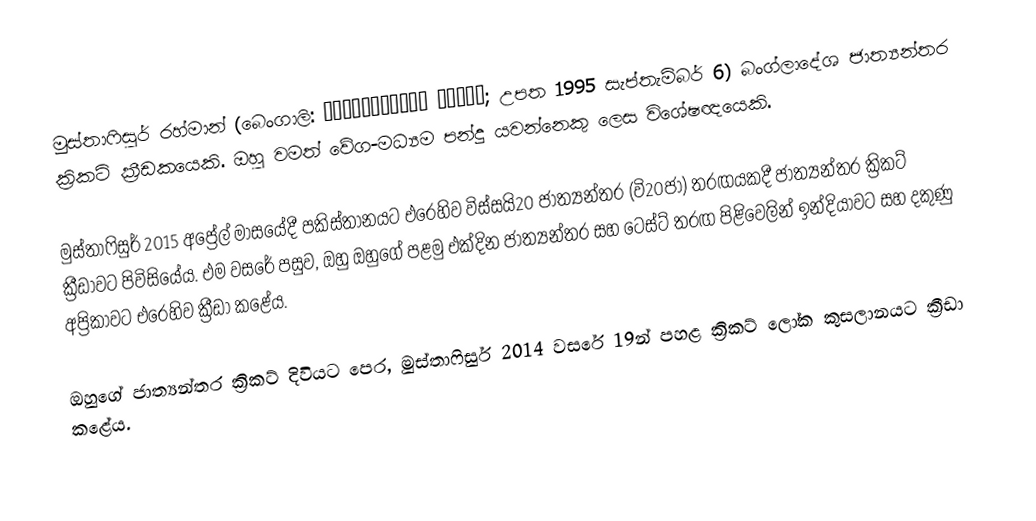
මුස්තාෆිසුර් රහ්මාන් (බෙංගාලි: মুস্তাফিজুর রহমান; උපත 1995 සැප්තැම්බර් 6) බංග්ලාදේශ ජාත්‍යන්තර ක්‍රිකට් ක්‍රීඩකයෙකි. ඔහු වමත් වේග-මධ්‍යම පන්දු යවන්නෙකු ලෙස විශේෂඥයෙකි.

මුස්තාෆිසුර් 2015 අප්‍රේල් මාසයේදී පකිස්තානයට එරෙහිව විස්සයි20 ජාත්‍යන්තර (වි20ජා) තරඟයකදී ජාත්‍යන්තර ක්‍රිකට් ක්‍රීඩාවට පිවිසියේය. එම වසරේ පසුව, ඔහු ඔහුගේ පළමු එක්දින ජාත්‍යන්තර සහ ටෙස්ට් තරඟ පිළිවෙලින් ඉන්දියාවට සහ දකුණු අප්‍රිකාවට එරෙහිව ක්‍රීඩා කළේය.

ඔහුගේ ජාත්‍යන්තර ක්‍රිකට් දිවියට පෙර, මුස්තාෆිසුර් 2014 වසරේ 19න් පහළ ක්‍රිකට් ලෝක කුසලානයට ක්‍රීඩා කළේය.